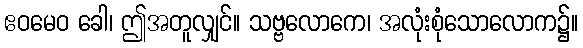
ဧဝမေဝ ခေါ၊ ဤအတူလျှင်။ သဗ္ဗလောကေ၊ အလုံးစုံသောလောက၌။